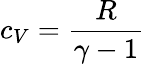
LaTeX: c_{V}={\frac{R}{\gamma-1}}